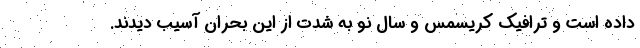
داده است و ترافیک کریسمس و سال نو به شدت از این بحران آسیب دیدند.